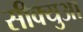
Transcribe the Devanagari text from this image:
सीक्युआ